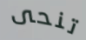
تنحى